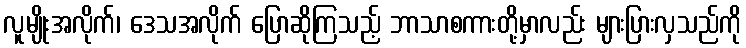
လူမျိုးအလိုက်၊ ဒေသအလိုက် ပြောဆိုကြသည့် ဘာသာစကားတို့မှာလည်း များပြားလှသည်ကို